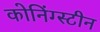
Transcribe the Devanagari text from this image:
कोनिंग्स्टीन